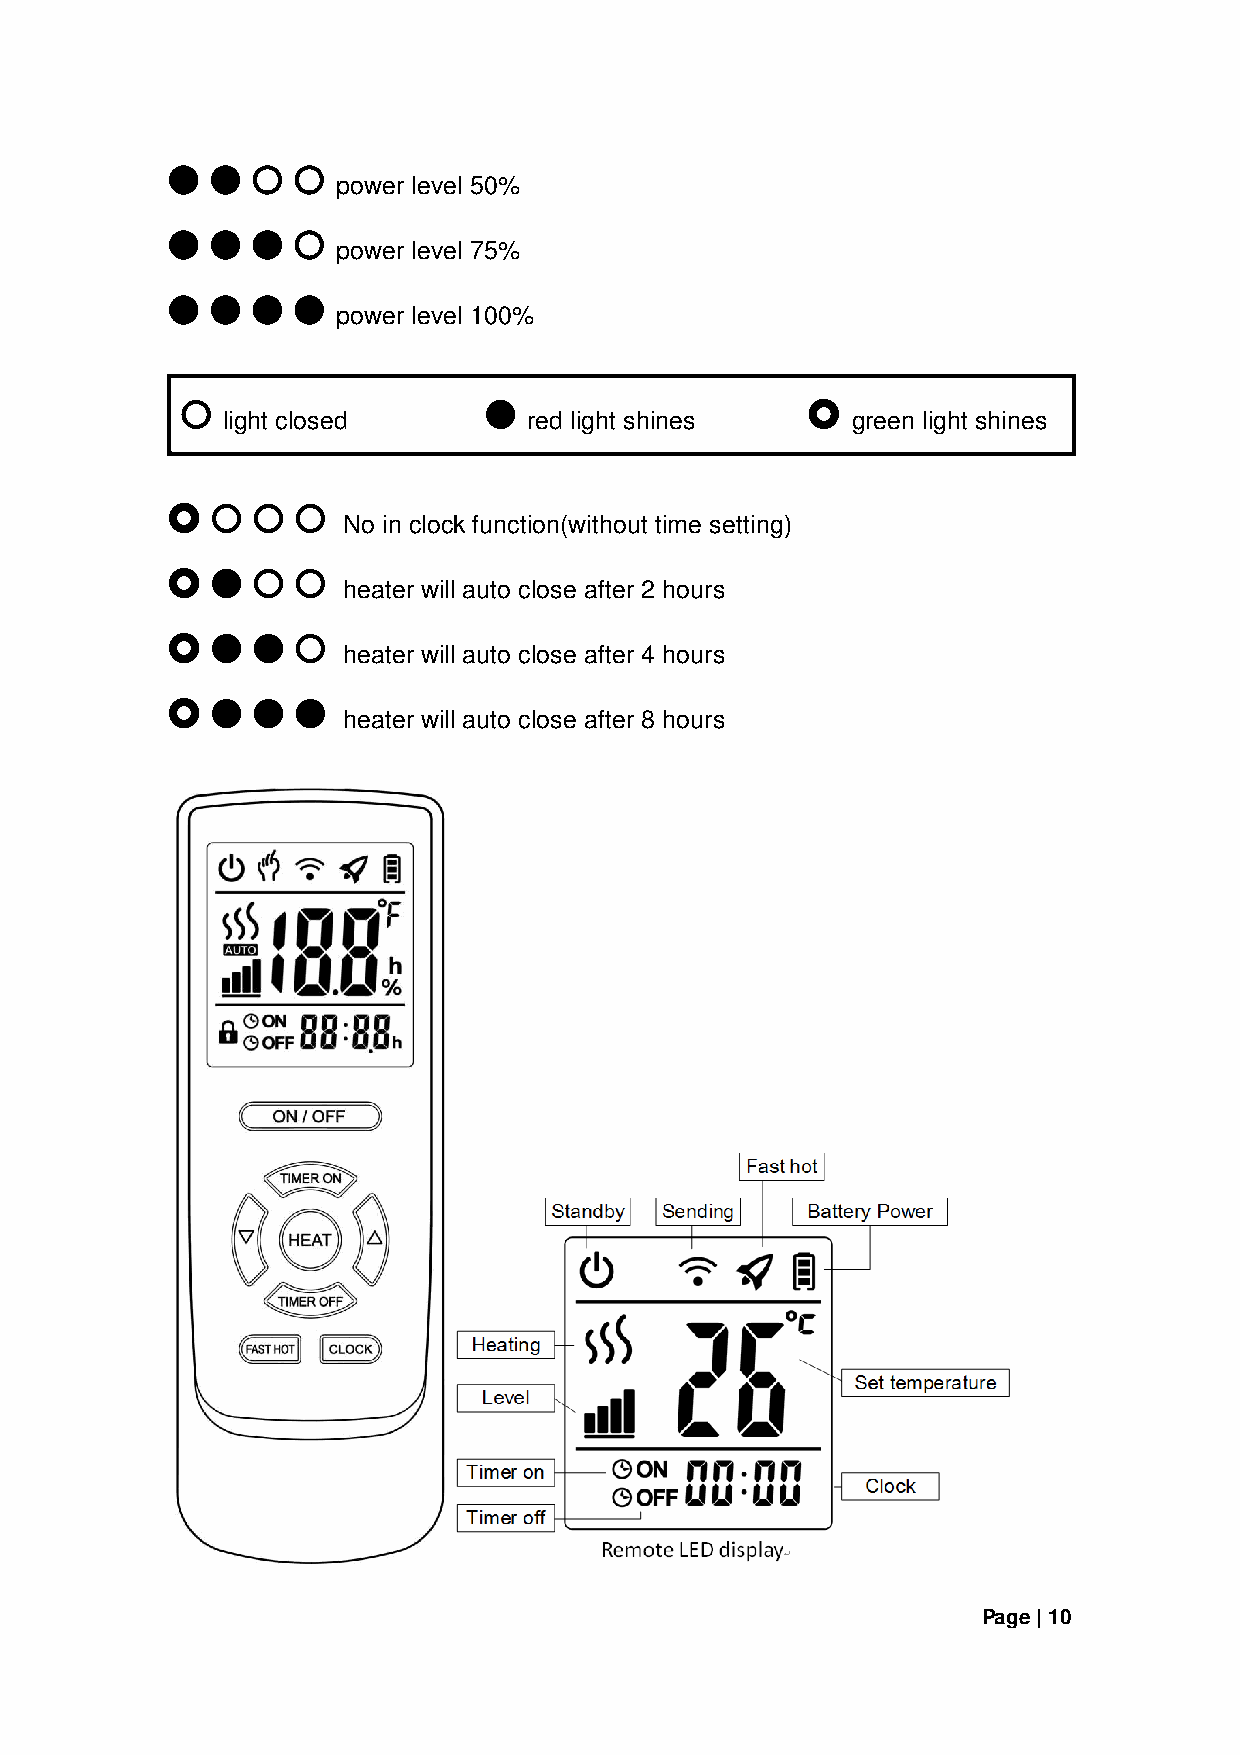
power level 50%
 power level 75%
 power level 100%
 light closed        red light shines     green light shines
 No in clock function(without time setting)
 heater will auto close after 2 hours
 heater will auto close after 4 hours
 heater will auto close after 8 hours
 Page | 10